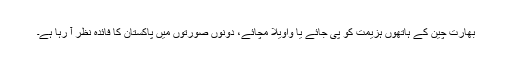
بھارت چین کے ہاتھوں ہزیمت کو پی جائے یا واویلا مچائے، دونوں صورتوں میں پاکستان کا فائدہ نظر آ رہا ہے۔